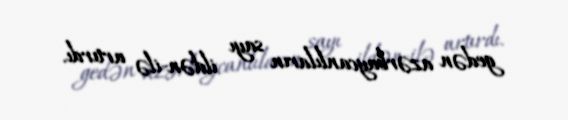
gedən azərbaycanlıların sayı ildən-ilə artırdı.